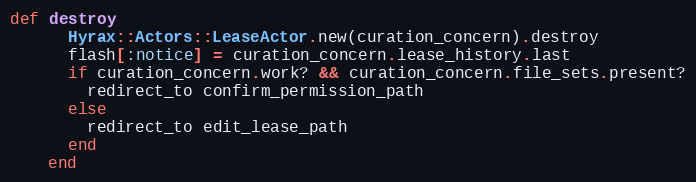
Language: Ruby
def destroy
      Hyrax::Actors::LeaseActor.new(curation_concern).destroy
      flash[:notice] = curation_concern.lease_history.last
      if curation_concern.work? && curation_concern.file_sets.present?
        redirect_to confirm_permission_path
      else
        redirect_to edit_lease_path
      end
    end